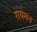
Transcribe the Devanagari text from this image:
रायमन